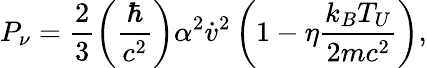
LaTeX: P_{\nu}=\frac{2}{3}\left(\frac{\hbar}{c^{2}}\right)\alpha^{2}\dot{v}^{2}\left(1-\eta\frac{k_{B}T_{U}}{2mc^{2}}\right),